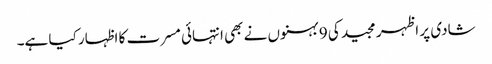
شادی پر اظہر مجید کی 9 بہنوں نے بھی انتہائی مسرت کا اظہار کیا ہے۔